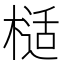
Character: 𭫙